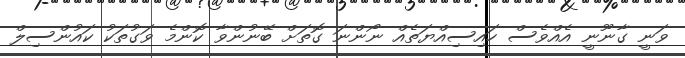
ވަނީ ގާނޫނީ އެއްވެސް ހައިސިއްޔަތެއް ނޯންނަ ގޮތަށް ބޭނުންވާ ކޮންމެ ވަގުތަކު ކައުންސިލް